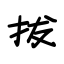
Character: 拔